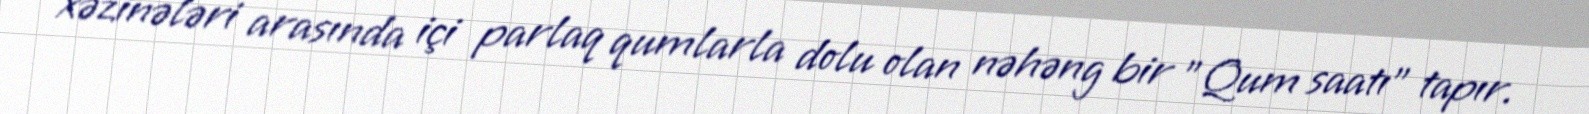
xəzinələri arasında içi parlaq qumlarla dolu olan nəhəng bir "Qum saatı" tapır.